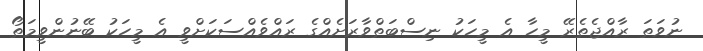
ނުވަތަ ރާއްޖެތެރޭ މީހާ އެ މީހަކު ނިސްބަތްވާރަށެއްގެ ރައްވެއްސަކަށްވީ އެ މީހަކު ބޭނުންވީމަތޯ